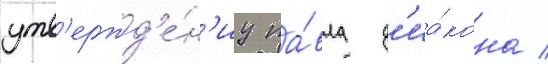
утв'ержд'е́н'иу па́вла д'иа́кона /